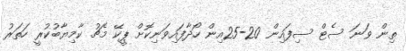
ތިން ވަނަ ސެޓް ސިފައިން 20-25އިން ހޯދާފައިވަނިކޮށް ޕީކޭ މެޗު ކާމިޔާބުކުރީ ހަތަރު